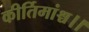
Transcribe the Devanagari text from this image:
कीर्तिमांश्च।।